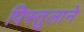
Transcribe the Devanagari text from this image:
पिस्तुलाने